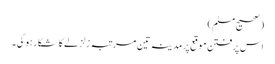
(صحیح مسلم)
اس پرفتن موقع پر مدینہ تین مرتبہ زلزلے کا شکار ہوگی۔